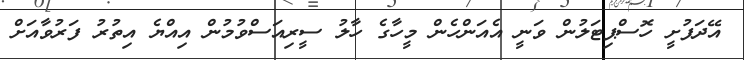
އޭދަފުށީ ހޮސްޕިޓަލުން ވަނީ އެއަންހެން މީހާގެ ހާލު ސީރިއަސްވުމުން އިއްޔެ އިތުރު ފަރުވާއަށް